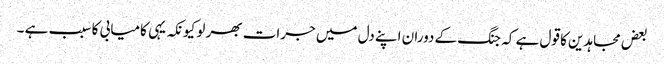
بعض مجاہدین کا قول ہے کہ جنگ کے دوران اپنے دل میں جرات بھر لو کیونکہ یہی کامیابی کا سبب ہے ۔